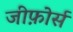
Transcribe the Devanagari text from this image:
जीफ़ोर्स